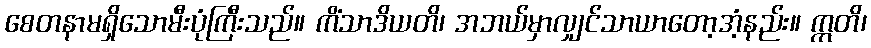
စေတနာမရှိသောမီးပုံကြီးသည်။ ကိံသာဒိယတိ၊ အဘယ်မှာလျှင်သာယာတော့အံ့နည်း။ ဣတိ၊